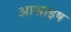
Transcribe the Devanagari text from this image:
आसाइष